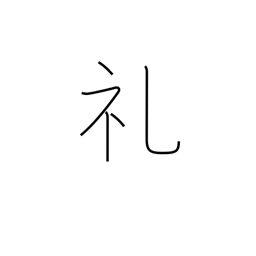
Meaning: thanks